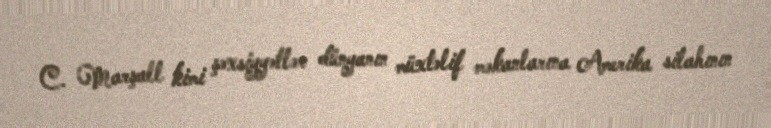
C. Marşall kimi şəxsiyyətlər dünyanın müxtəlif məkanlarına Amerika silahının